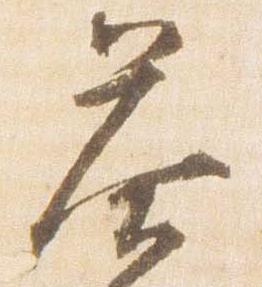
答